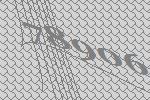
78906